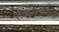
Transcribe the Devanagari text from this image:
सेवाप्रकल्पांत